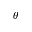
\theta